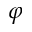
\varphi